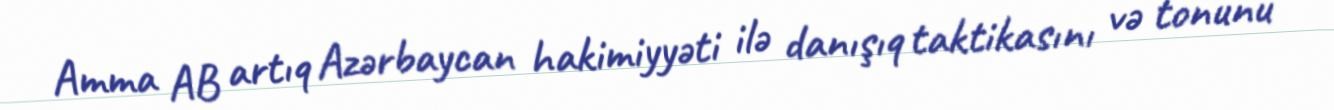
Amma AB artıq Azərbaycan hakimiyyəti ilə danışıq taktikasını və tonunu